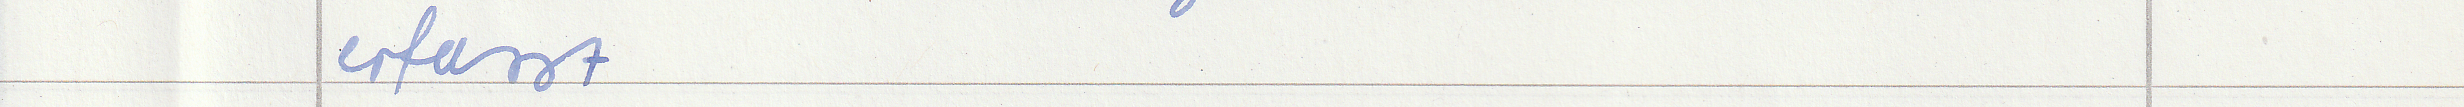
erfasst